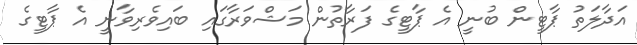
އަދާލަތު ޕާޓީން ބުނީ އެ ޕާޓީގެ ފަރާތުން މަޝްވަރާގައި ބައިވެރިވާނީ އެ ޕާޓީގެ